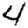
Digit: 4